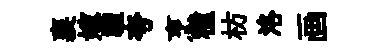
襄嫁禮夸烹種枋洛画